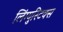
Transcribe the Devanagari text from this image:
लिंग्युस्टिक्स